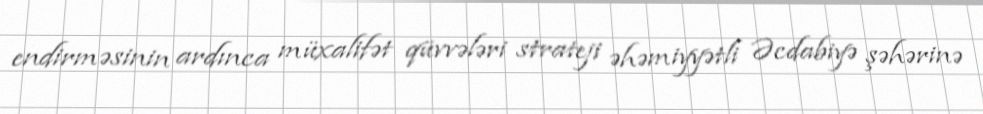
endirməsinin ardınca müxalifət qüvvələri strateji əhəmiyyətli Əcdabiyə şəhərinə